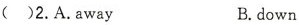
( )2.A.Away B.down